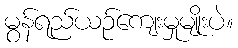
မွန်ရည်ယဉ်ကျေးမှုမျိုးပဲ။